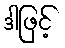
ဒါဖြင့်